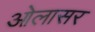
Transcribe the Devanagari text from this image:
ओलासर